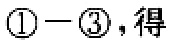
$\textcircled{1}-\textcircled{3}，得$